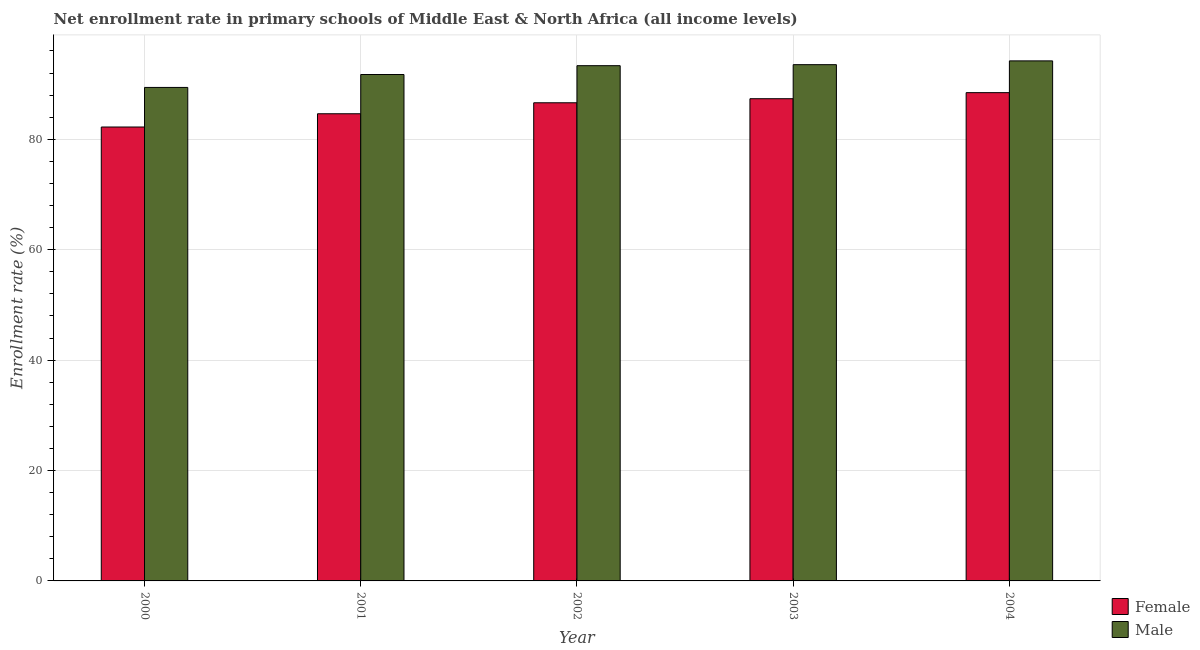
| Year | Female | Male |
 | --- | --- | --- |
 | 2000 | 82.2 | 89.4 |
 | 2001 | 84.6 | 91.7 |
 | 2002 | 86.6 | 93.3 |
 | 2003 | 87.3 | 93.5 |
 | 2004 | 88.4 | 94.2 |